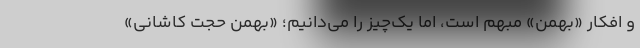
و افکار «بهمن» مبهم است، اما یک‌چیز را می‌دانیم؛ «بهمن حجت کاشانی»